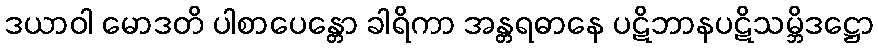
ဒယာဝါ မောဒတိ ပါစာပေန္တော ခါရိကာ အန္တရဓာနေ ပဋိဘာနပဋိသမ္ဘိဒဋ္ဌော